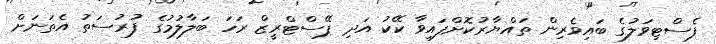
ފެސްޓިވަލުގެ ބައިވެރިން ތައްޔާރުކޮށްފައިވާ ކޭކު އަދި ޕޭސްޓްރީޒް ރަހަ ބަލާލުމުގެ ފުރުސަތު އެތަނަށް